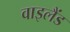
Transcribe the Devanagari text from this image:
वाइलैंड